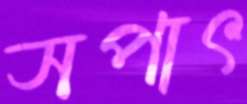
সপাৎ